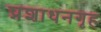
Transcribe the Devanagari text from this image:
प्रशाधनगृह